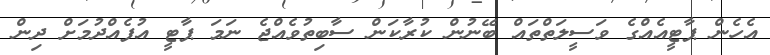
އެހެން ޕާޓީއެއްގެ ވަސީލަތްތައް ބޭނުން ކުރާކަން ސާބިތުވެއްޖެ ނަމަ ޕާޓީ އުފެއްދުމަށް ދިން